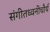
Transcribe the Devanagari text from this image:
संगीतध्वनीचौर्य